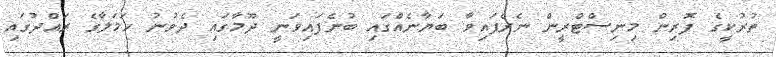
ތުރުކީގެ ފޮރިން މިނިސްޓްރީން ނެރެފައިވާ ބަޔާނެއްގައި ބުނެފައިވަނީ ދޫމާާގައި ދެވުނު ހަމަލާގެ ރައްދުގައި